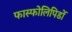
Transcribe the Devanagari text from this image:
फास्फोलिपिडों